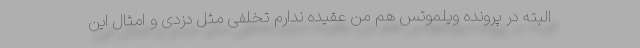
البته در پرونده ویلموتس هم من عقیده ندارم تخلفی مثل دزدی و امثال این